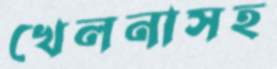
খেলনাসহ